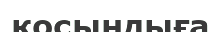
қосындыға